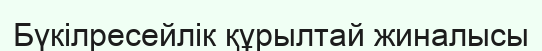
Бүкілресейлік құрылтай жиналысы